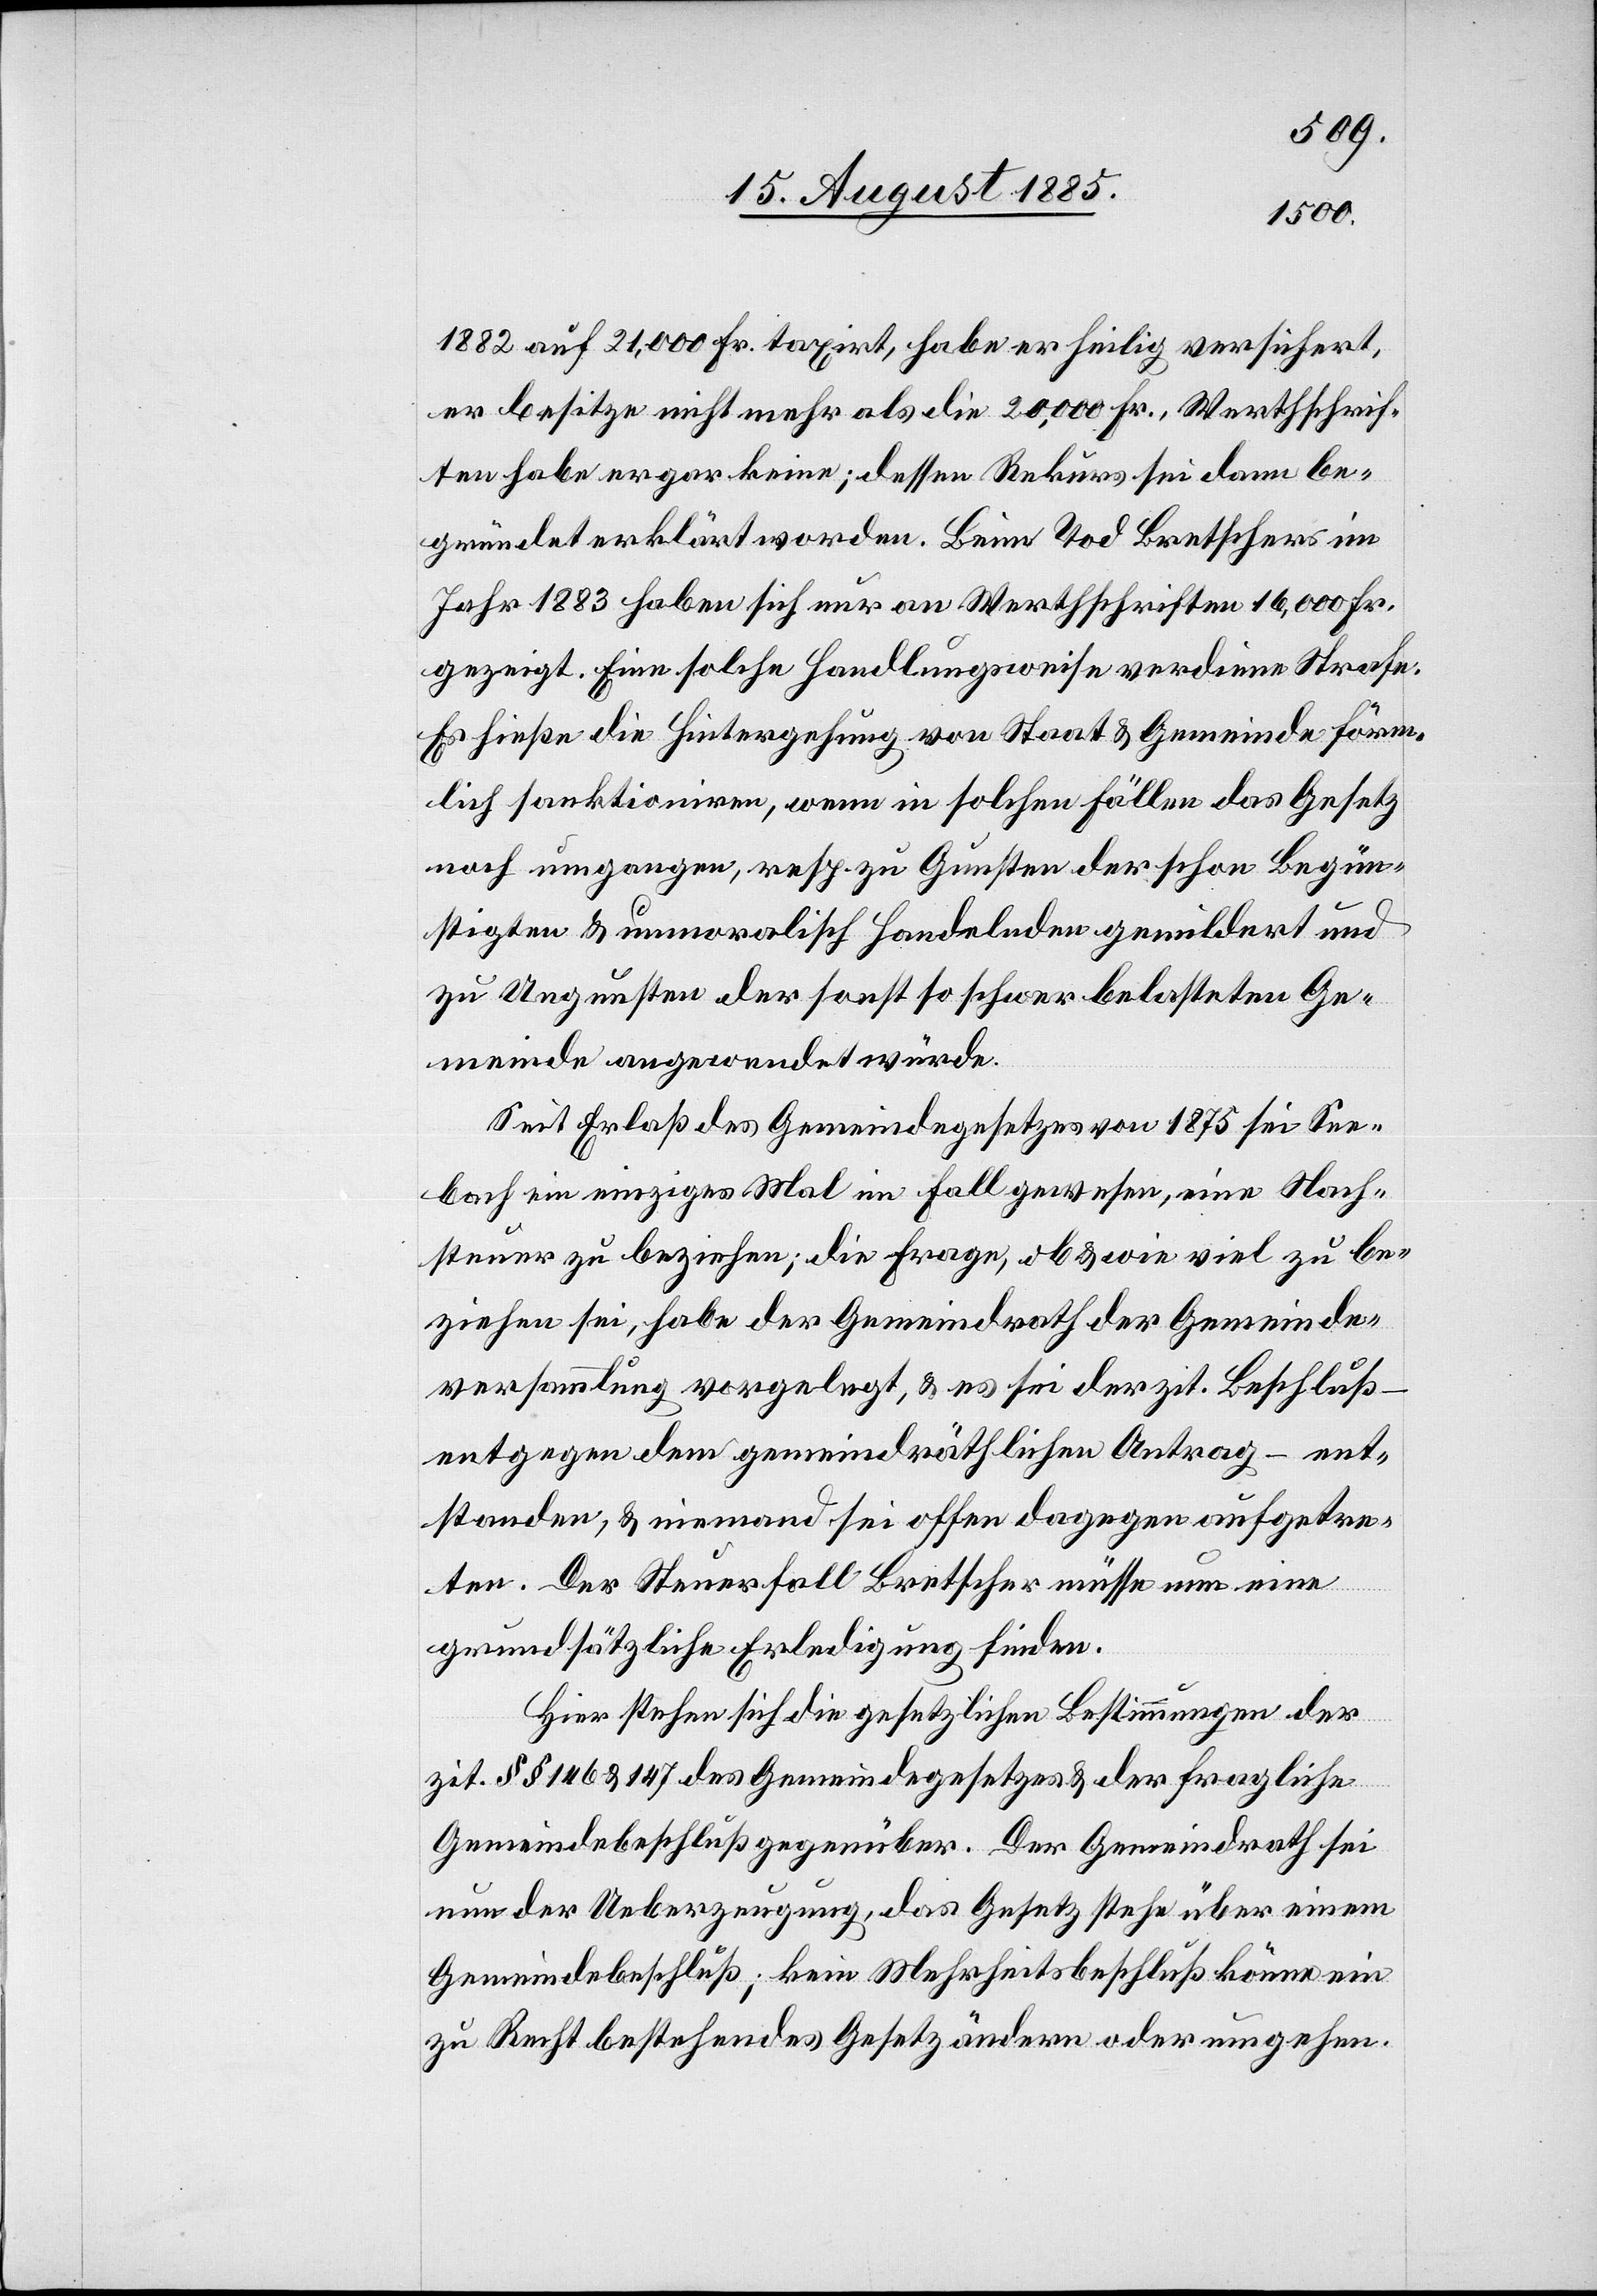
1882 auf 21,000 Fr. taxirt, habe er heilig versichert,
er besitze nicht mehr als die 20,000 Fr., Werthschrif¬
ten habe er gar keine; dessen Rekurs sei dann be¬
gründet erklärt worden. Beim Tod Bretschers im
Jahr 1883 haben sich nur an Werthschriften 16,000 Fr.
gezeigt. Eine solche Handlungsweise verdiene Strafe.
Es hieße die Hintergehung von Staat & Gemeinde förm¬
lich sanktioniren, wenn in solchen Fällen das Gesetz
noch umgangen, resp. zu Gunsten der schon Begün¬
stigen & unmoralisch Handlenden gemildert und
zu Ungunsten der sonst so schwer belasteten Ge¬
meinde angewendet würde.
Seit Erlaß des Gemeindegesetzes von 1875 sei See¬
bach ein einziges Mal im Fall gewesen, eine Nach¬
steuer zu beziehen; die Frage, ob & wie viel zu be¬
ziehen sei, habe der Gemeindrath der Gemeinde¬
versammlung vorgelegt, & es sei der zit. Beschluß
entgegen dem gemeindräthlichen Antrag – ent¬
standen, & niemand sei offen dagegen aufgetre¬
ten. Der Steuerfall Bretscher müsse nun eine
grundsätzliche Erledigung finden.
Hier stehen sich die gesetzlichen Bestimmungen der
zit. §§ 146 & 147 des Gemeindegesetzes & der fragliche
Gemeindebeschluß gegenüber. Der Gemeindrath sei
nun der Ueberzeugung, das Gesetz stehe über einem
Gemeindebeschluß; kein Mehrheitsbeschluß könne ein
zu Recht bestehendes Gesetz ändern oder umgehen.